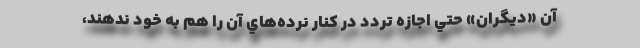
آن «ديگران» حتي اجازه تردد در كنار نرده‌هاي آن را هم به خود ندهند،